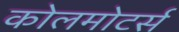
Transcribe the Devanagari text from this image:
कोलमोटर्स